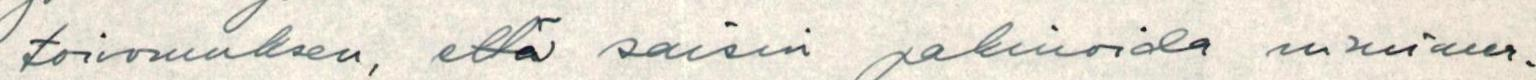
toivomuksen, että saisin pakinoida nimimer-